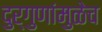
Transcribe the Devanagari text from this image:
दुर्गुणांमुळेच